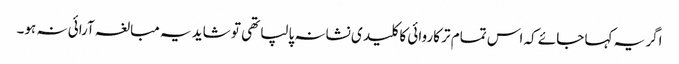
اگر یہ کہا جائے کہ اس تمام تر کاروائی کا کلید ی نشانہ پالپا تھی تو شاید یہ مبالغہ آرائی نہ ہو۔